Report on the Calcutta epizootic or cattle disease of 1864 in Calcutta and its neighbourhood
Year: 1864
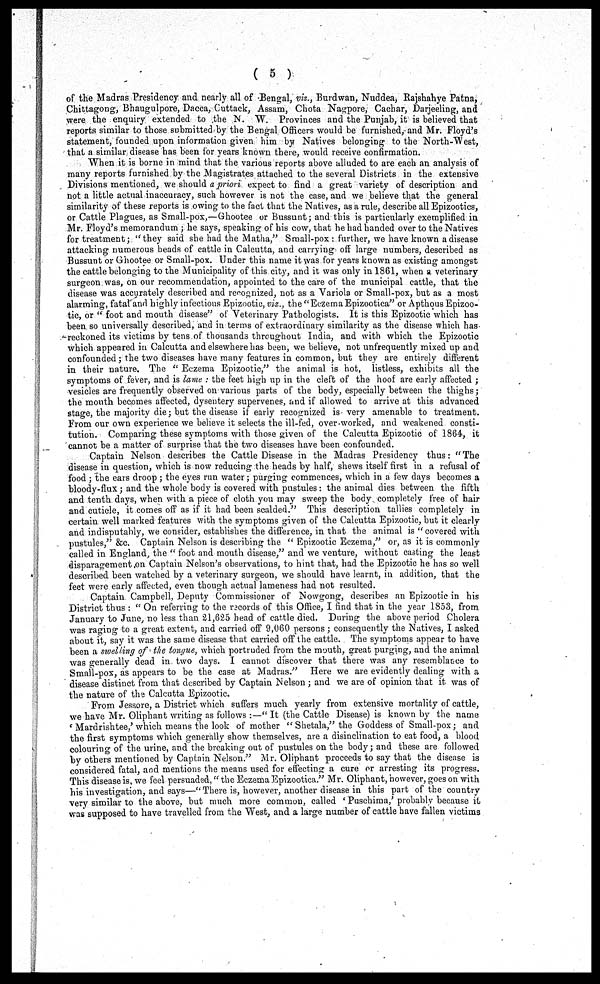
( 5 )
of the Madras Presidency and nearly all of Bengal, viz., Burdwan, Nuddea, Rajshahye Patna,
Chittagong, Bhaugulpore, Dacca, Cuttack, Assam, Chota Nagpore, Cachar, Darjeeling, and
were the enquiry extended to the N. W. Provinces and the Punjab, it is believed that
reports similar to those submitted by the Bengal Officers would be furnished, and Mr. Floyd's
statement, founded upon information given him by Natives belonging to the North-West,
that a similar disease has been for years known there, would receive confirmation.
When it is borne in mind that the various reports above alluded to are each an analysis of
many reports furnished by the Magistrates attached to the several Districts in the extensive
Divisions mentioned, we should a priori expect to find a great variety of description and
not a little actual inaccuracy, such however is not the case, and we believe that the general
similarity of these reports is owing to the fact that the Natives, as a rule, describe all Epizootics,
or Cattle Plagues, as Small-pox,—Ghootee or Bussunt; and this is particularly exemplified in
Mr. Floyd's memorandum ; he says, speaking of his cow, that he had handed over to the Natives
for treatment; " they said she had the Matha," Small-pox : further, we have known a disease
attacking numerous heads of cattle in Calcutta, and carrying off large numbers, described as
Bussunt or Ghootee or Small-pox. Under this name it was for years known as existing amongst
the cattle belonging to the Municipality of this city, and it was only in 1861, when a veterinary
surgeon was, on our recommendation, appointed to the care of the municipal cattle, that the
disease was accurately described and recognized, not as a Variola or Small-pox, but as a most
alarming, fatal and highly infectious Epizootic, viz., the "Eczema Epizootica" or Apthous Epizoo-
tic, or " foot and mouth disease" of Veterinary Pathologists. It is this Epizootic which has
been so universally described, and in terms of extraordinary similarity as the disease which has
reckoned its victims by tens of thousands throughout India, and with which the Epizootic
which appeared in Calcutta and elsewhere has been, we believe, not unfrequently mixed up and
confounded; the two diseases have many features in common, but they are entirely different
in their nature. The "Eczema Epizootic," the animal is hot, listless, exhibits all the
symptoms of fever, and is lame : the feet high up in the cleft of the hoof are early affected ;
vesicles are frequently observed on various parts of the body, especially between the thighs;
the mouth becomes affected, dysentery supervenes, and if allowed to arrive at this advanced
stage, the majority die; but the disease if early recognized is very amenable to treatment.
From our own experience we believe it selects the ill-fed, over-worked, and weakened consti-
tution. Comparing these symptoms with those given of the Calcutta Epizootic of 1864, it
cannot be a matter of surprise that the two diseases have been confounded.
Captain Nelson describes the Cattle Disease in the Madras Presidency thus: " The
disease in question, which is now reducing the heads by half, shews itself first in a refusal of
food ; the ears droop ; the eyes run water; purging commences, which in a few days becomes a
bloody-flux; and the whole body is covered with pustules: the animal dies between the fifth
and tenth days, when with a piece of cloth you may sweep the body completely free of hair
and cuticle, it comes off as if it had been scalded." This description tallies completely in
certain well marked features with the symptoms given of the Calcutta Epizootic, but it clearly
and indisputably, we consider, establishes the difference, in that the animal is ''covered with
pustules," &c. Captain Nelson is describing the " Epizootic Eczema," or, as it is commonly
called in England the " foot and mouth disease," and we venture, without casting the least
disparagement on Captain Nelson's observations, to hint that, had the Epizootic he has so well
described been watched by a veterinary surgeon, we should have learnt, in addition, that the
feet were early affected, even though actual lameness had not resulted.
Captain Campbell, Deputy Commissioner of Nowgong, describes an Epizootic in his
District thus : " On referring to the records of this Office, I find that in the year 1853, from
January to June, no less than 21,62.5 head of cattle died. During the above period Cholera
was raging to a great extent, and carried off 9,060 persons; consequently the Natives, I asked
about it, say it was the same disease that carried off the cattle. The symptoms appear to have
been a swelling of the tongue, which portruded from the mouth, great purging, and the animal
was generally dead in. two days. I cannot discover that there was any resemblance to
Small-pox, as appears to be the case at Madras." Here we are evidently dealing with a
disease distinct from that described by Captain Nelson ; and we are of opinion that it was of
the nature of the Calcutta Epizootic.
From Jessore, a District which suffers much yearly from extensive mortality of cattle,
we have Mr. Oliphant writing as follows :—" It (the Cattle Disease) is known by the name
' Mardrishtee,' which means the look of mother " Shetala," the Goddess of Small-pox; and
the first symptoms which generally show themselves, are a disinclination to eat food, a blood
colouring of the urine, and the breaking out of pustules on the body; and these are followed
by others mentioned by Captain Nelson." Mr. Oliphant proceeds to say that the disease is
considered fatal, and mentions the means used for effecting a cure or arresting its progress.
This disease is, we feel persuaded, "the Eczema Epizootica." Mr. Oliphant, however, goes on with
his investigation, and says—"There is, however, another disease in this part of the country
very similar to the above, but much more common, called 'Puschima,' probably because it
was supposed to have travelled from the West, and a large number of cattle have fallen victims